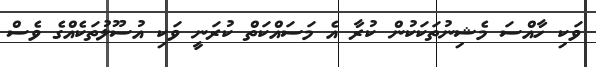
ވަކި ހާއްސަ މެޝިނުތަކަކުން ކުރާ އެ މަސައްކަތް ކުރަނީ ވަކި އުސޫލުތަކެއްގެ ވެސް